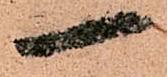
一